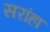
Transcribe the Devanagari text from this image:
सरांहा